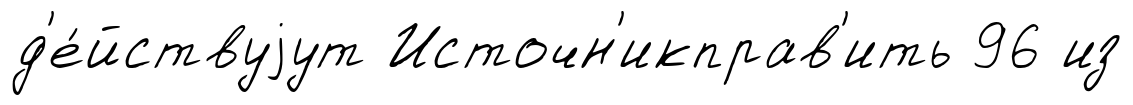
д'е́йствуjут Источн'икправ'ить 96 из